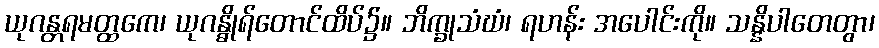
ယုဂန္တရမတ္ထကေ၊ ယုဂန္ဓိုရ်တောင်ထိပ်၌။ ဘိက္ခုသံဃံ၊ ရဟန်း အပေါင်းကို။ သန္နိပါတေတွာ၊